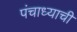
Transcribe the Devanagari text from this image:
पंचाध्याची